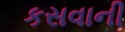
કસવાની